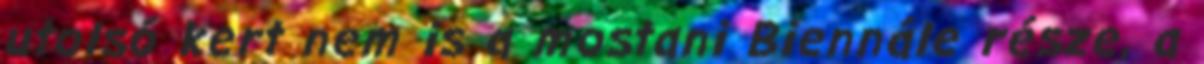
utolsó kert nem is a mostani Biennále része, a